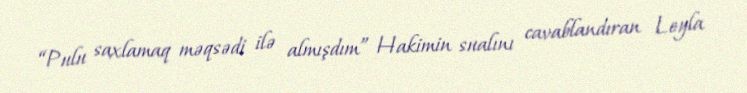
“Pulu saxlamaq məqsədi ilə almışdım” Hakimin sualını cavablandıran Leyla